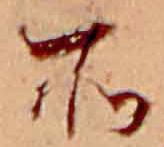
所